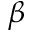
\beta